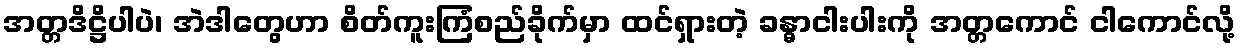
အတ္တဒိဋ္ဌိပါပဲ၊ အဲဒါတွေဟာ စိတ်ကူးကြံစည်ခိုက်မှာ ထင်ရှားတဲ့ ခန္ဓာငါးပါးကို အတ္တကောင် ငါကောင်လို့